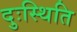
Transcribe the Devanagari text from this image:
दुःस्थिति